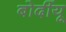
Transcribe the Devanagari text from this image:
बोर्दीयू